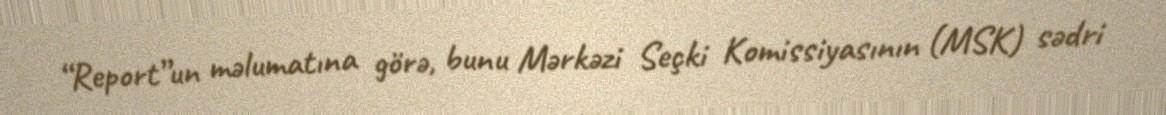
“Report”un məlumatına görə, bunu Mərkəzi Seçki Komissiyasının (MSK) sədri